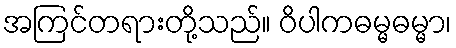
အကြင်တရားတို့သည်။ ဝိပါကဓမ္မဓမ္မာ၊